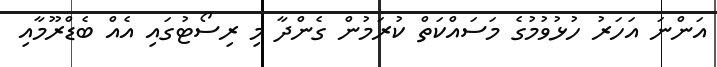
އަންނަ އަހަރު ހުޅުވުމުގެ މަސައްކަތް ކުރަމުން ގެންދާ މި ރިސޯޓުގައި އެއް ބެޑްރޫމާއި